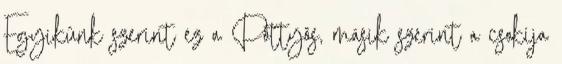
Egyikünk szerint ez a Pöttyös, másik szerint a csokija